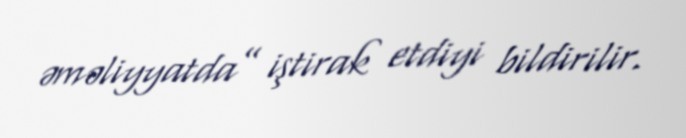
əməliyyatda” iştirak etdiyi bildirilir.